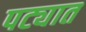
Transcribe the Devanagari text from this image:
पट्यात